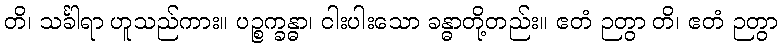
တိ၊ သင်္ခါရာ ဟူသည်ကား။ ပဉ္စက္ခန္ဓာ၊ ငါးပါးသော ခန္ဓာတို့တည်း။ ဧတံ ဉတွာ တိ၊ ဧတံ ဉတွာ